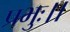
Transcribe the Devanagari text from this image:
प्रभुः।।